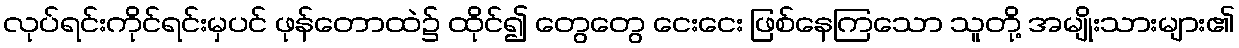
လုပ်ရင်းကိုင်ရင်းမှပင် ဖုန်တောထဲ၌ ထိုင်၍ တွေတွေ ငေးငေး ဖြစ်နေကြသော သူတို့ အမျိုးသားများ၏